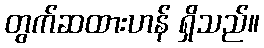
တွက်ဆထားဟန် ရှိသည်။